Leaving Certificate Examination, 1920, 1920
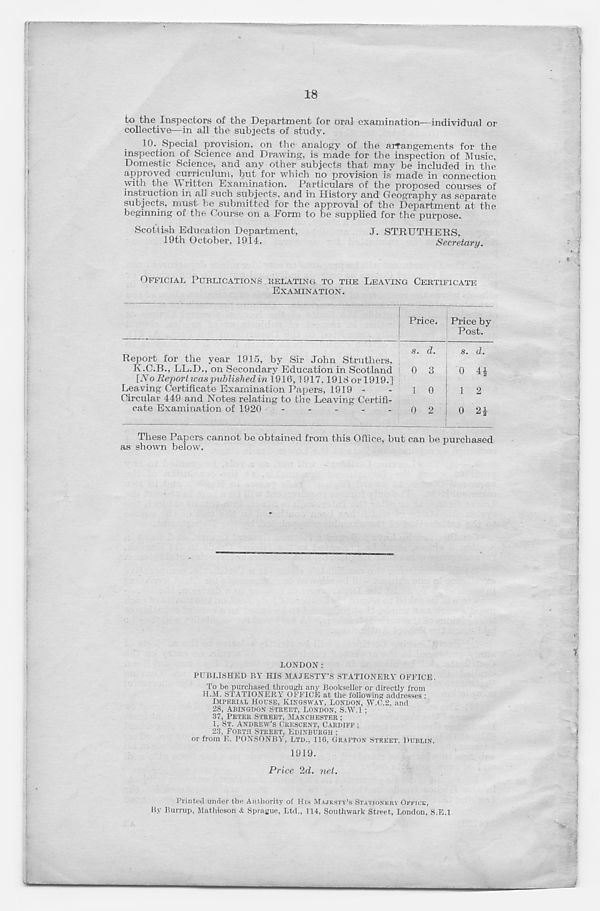
18
to the Inspectors of the Department for oral examination—individual or
collective—in all the subjects of study.
10. Special provision, on the analogy of the arrangements for the
inspection of Science and Drawing, is made for the inspection of Music,
Domestic Science, and any other subjects that may be included in the
approved curriculum, but for which no provision is made in connection
with the Written Examination. Particulars of the proposed courses of
instruction in all such subjects, and in History and Geography as separate
subjects, must be submitted for the approval of the Department at the
beginning of the Course on a Form to be supplied for the purpose.
Scottish Education Department,
J. STRUTHERS,
19th October, 1914.
Secretary.
OFFICIAL PUBLICATIONS RELATING TO THE LEAVING CERTIFICATE
EXAMINATION.
Report for the year 1915, by Sir John Struthers,
K.C.B., LL.D., on Secondary Education in Scotland
[No Report was published in 1910,1917.1918 or 1919.]
Leaving Certificate Examination Papers, 1919 -
Circular 449 and Notes relating to the Leaving Certifi-
cate Examination of 1920
-
-
-
-
s. d.
0 3
0 2
s. d.
0 4£
1 2
0 2i
These Papers cannot be obtained from this Office, but can be nurchased
shown below.
LONDON:
PUBLISHED BY HIS MAJESTY’S STATIONERY OFFICE.
To be purchased through any Bookseller or directly from
H.M. STATIONERY OFFICE at the following addresses :
IMPERIAL HOUSE, KINGSWAY, LONDON, W.C.2, and
28, ABINGDON STREET, LONDON, S.W.I ;
37, PETER STREET, MANCHESTER ;
1, ST. ANDREW’S CRESCENT, CARDIFF ;
23, FORTH STREET, EDINBURGH :
or from E. PONSONBY, LTD., 116, GRAFTON STREET, DUBLIN.
1919.
Price 2d. net.
Printed under the Authority oi His MAJESTY’S STATIONERY OFFICE,
By Burrup, Mathieson & Sprague, Ltd., 114, Southwark Street, London, S.E.l